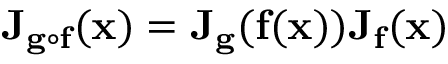
\mathbf { J } _ { \mathbf { g } \circ \mathbf { f } } ( \mathbf { x } ) = \mathbf { J } _ { \mathbf { g } } ( \mathbf { f } ( \mathbf { x } ) ) \mathbf { J } _ { \mathbf { f } } ( \mathbf { x } )